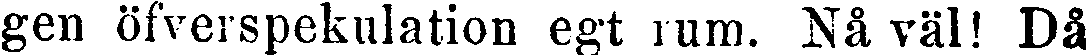
gen öfverspekulation egt rum. Nå väl! Då